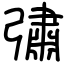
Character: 彇